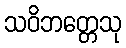
သဝိဘတ္တေသု